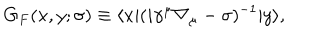
G _ { F } ( x , y ; \sigma ) \equiv \langle x | ( i \gamma ^ { \mu } \nabla _ { \mu } - \sigma ) ^ { - 1 } | y \rangle ,